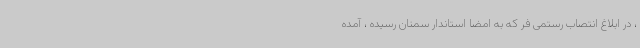
، در ابلاغ انتصاب رستمی فر که به امضا استاندار سمنان رسیده ، آمده